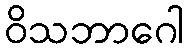
ဝိသဘာဂေါ